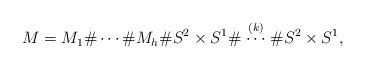
LaTeX: \begin{align*}M = M_1\#\cdots\# M_h\# S^2\times S^1\#\stackrel{(k)}{\cdots}\# S^2\times S^1,\end{align*}